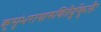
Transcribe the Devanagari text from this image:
कुसुंभरागारुणितैर्दुकूलैः